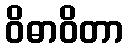
ဝိဓာဝိတာ